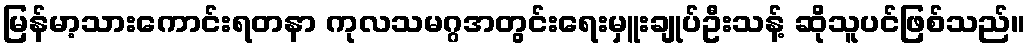
မြန်မာ့သားကောင်းရတနာ ကုလသမဂ္ဂအတွင်းရေးမှူးချုပ်ဦးသန့် ဆိုသူပင်ဖြစ်သည်။